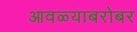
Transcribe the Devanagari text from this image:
आवळ्याबरोबर